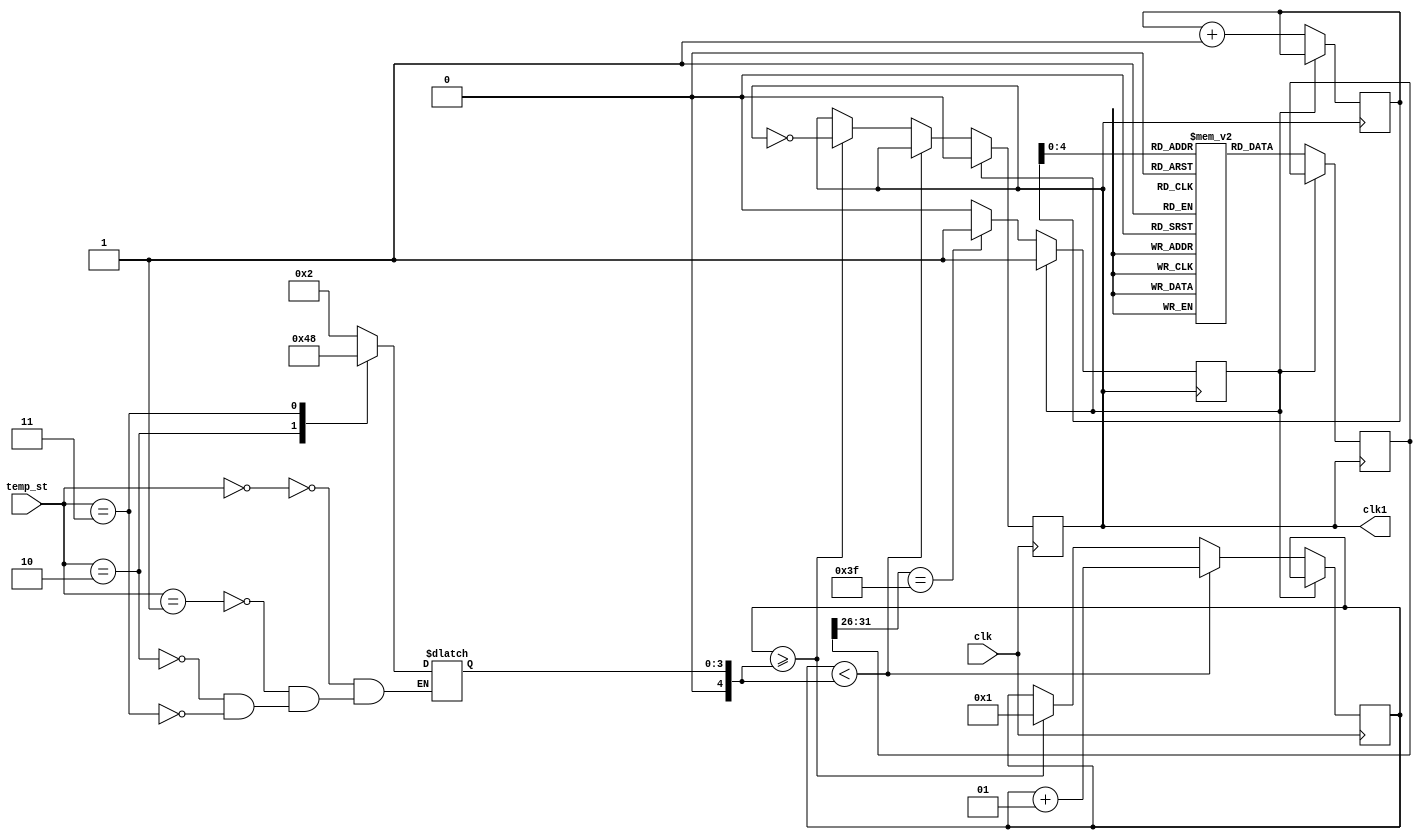
module risc_32_modify (temp_st, clk, clk1);
    input[2:0] temp_st;
    input clk;
    output reg clk1;
    reg[31:0] if_id_ir, pc;
    reg[31:0] id_ex_ir, id_ex_a, id_ex_b, id_ex_imm;
    reg[31:0] ex_mem_aluout, ex_mem_ir;
    reg[1:0] id_ex_type, ex_mem_type, mem_rb_type;
    reg[31:0] mem_rb_ir, mem_rb_aluout; 
    reg[31:0] regb[0:31];
    reg[31:0] mem[0:31], datamem[0:31];
    reg[5:0] id_ex_opcd, ex_mem_opcd;
    reg halted;
    integer del, temp1;
    
    // Opcodes
    parameter add = 6'b000000, sub = 6'b000001, mul = 6'b000010, div = 6'b000011, andr = 6'b000101, orr = 6'b000110, lsft = 6'b000100, addi = 6'b100001, subi = 6'b100010, muli = 6'b100011, divi = 6'b100100, andi = 6'b100101, ori = 6'b100110, halt = 6'b111111;
    parameter lw = 6'b110000, sw = 6'b110001;
    parameter rr_type = 2'b00, rm_type = 2'b01, ls_type = 2'b10;
    parameter temp_eq = 3'b000, temp_small = 3'b001, temp_lg = 3'b010, temp_ext = 3'b011;
    
    //Clock circuit
     initial begin
         clk1 <= 0;
         temp1 <= 1;
         del <= 1;
         end
     
     always @(posedge clk)
        if(halted == 1) clk1 <= 0;
        else if(temp1 < del)
            temp1 <= temp1 + 1;
        else if(temp1 >= del)
        begin
            temp1 <= 1;
            clk1 = ~clk1;
        end             
    
    
    // Thermal interrupts for dynamic frequency scaling
    always @(temp_st)
    begin
        case(temp_st)
        temp_eq : del <= 2;
        temp_small : del <= 2;
        temp_lg : del <= 4;
        temp_ext : del <= 8;
        endcase
    end
    
    //INSTRUCTION FETCH
    always @(posedge clk1)
        if(halted == 0)
            begin
            if_id_ir = mem[pc];
            pc = pc + 1;
            end
    
    //INSTRUCTION DECODE
    always @(posedge clk1)
        begin
        if(halted == 0)
            begin
            if(if_id_ir[31:26] == 6'b111111)
            halted <= 1;
            if(if_id_ir[31:30] == 2'b00)
            id_ex_type <= rr_type;
            if(if_id_ir[31:30] == 2'b10)
            id_ex_type <= rm_type;
            if(if_id_ir[31:30] == 2'b11)
            id_ex_type <= ls_type;
            end
        id_ex_ir <= if_id_ir;
        id_ex_a <= regb[if_id_ir[20:16]];
        id_ex_b <= regb[if_id_ir[15:11]];
        id_ex_imm <= if_id_ir[15:0];
        id_ex_opcd <= if_id_ir[31:26];
        end

        
    //INSTRUCTION EXECUTE
    always @(posedge clk1)
        begin
        if(halted == 0)
            begin
            case(id_ex_type)
            rr_type : begin
                      case(id_ex_opcd)
                          add : ex_mem_aluout <= id_ex_a + id_ex_b;
                          sub : ex_mem_aluout <= id_ex_a - id_ex_b;
                          mul : ex_mem_aluout <= id_ex_a * id_ex_b;
                          div : ex_mem_aluout <= id_ex_a / id_ex_b;
                          andr : ex_mem_aluout <= id_ex_a & id_ex_b;
                          orr : ex_mem_aluout <= id_ex_a | id_ex_b;
                          lsft : ex_mem_aluout <= id_ex_a << id_ex_b;
                          default : ex_mem_aluout <= 8'h00000000;
                      endcase
                      end
            
            rm_type : begin
                      case(id_ex_opcd)
                          addi : ex_mem_aluout <= id_ex_a + id_ex_imm;
                          subi : ex_mem_aluout <= id_ex_a - id_ex_imm;
                          muli : ex_mem_aluout <= id_ex_a * id_ex_imm;
                          divi : ex_mem_aluout <= id_ex_a / id_ex_imm;
                          andi : ex_mem_aluout <= id_ex_a & id_ex_imm;
                          ori : ex_mem_aluout <= id_ex_a & id_ex_imm;
                          default : ex_mem_aluout <= 8'h00000000;
                      endcase
                      end
            
            ls_type : begin
                      case(id_ex_opcd)
                          sw : ex_mem_aluout <= id_ex_a + id_ex_imm;
                          lw : ex_mem_aluout <= id_ex_a + id_ex_imm;
                      endcase
                      end
            default : ex_mem_aluout <= 8'h00000000;
            endcase
            end
        ex_mem_ir <= id_ex_ir;
        ex_mem_type <= id_ex_type;
        ex_mem_opcd <= id_ex_opcd;
        end
        
   
    // Flexible pipelining
    
    // MEM / WB
    always @(posedge clk1)
    begin
        if(halted == 0)
        mem_rb_ir <= ex_mem_ir;
        mem_rb_type <= ex_mem_type;
        case(ex_mem_opcd)
        sw : datamem[ex_mem_aluout] <= regb[ex_mem_ir[25:21]];
        lw : mem_rb_aluout <= datamem[ex_mem_aluout];
        default : regb[ex_mem_ir[25:21]] <= ex_mem_aluout;
        endcase
    end       
    
    //WB - LW
    always @(posedge clk1)
    begin
        if(halted == 0)
        if(mem_rb_ir[31:26] == lw)
        regb[mem_rb_ir[25:21]] <= mem_rb_aluout;
    end
            
endmodule